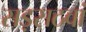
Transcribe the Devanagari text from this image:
सड़सठवां